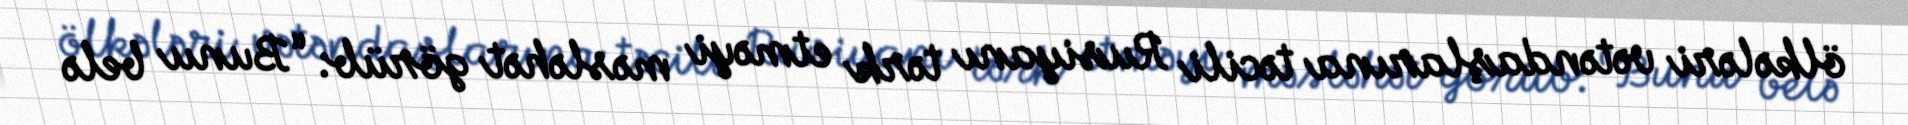
ölkələri vətəndaşlarına təcili Rusiyanı tərk etməyi məsləhət görüb: “Bunu belə